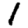
Digit: 1